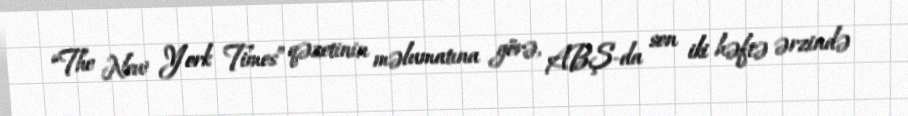
“The New York Times” qəzetinin məlumatına görə, ABŞ-da son iki həftə ərzində